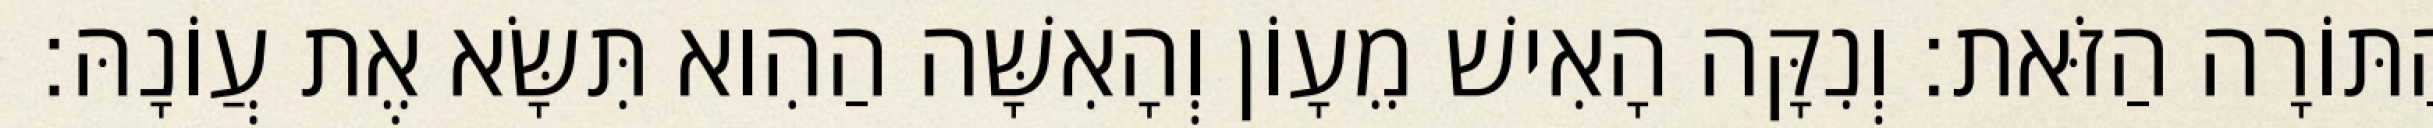
הַתּוֹרָה הַזֹּאת׃ וְנִקָּה הָאִישׁ מֵעָוֹן וְהָאִשָּׁה הַהִוא תִּשָּׂא אֶת עֲוֹנָהּ׃